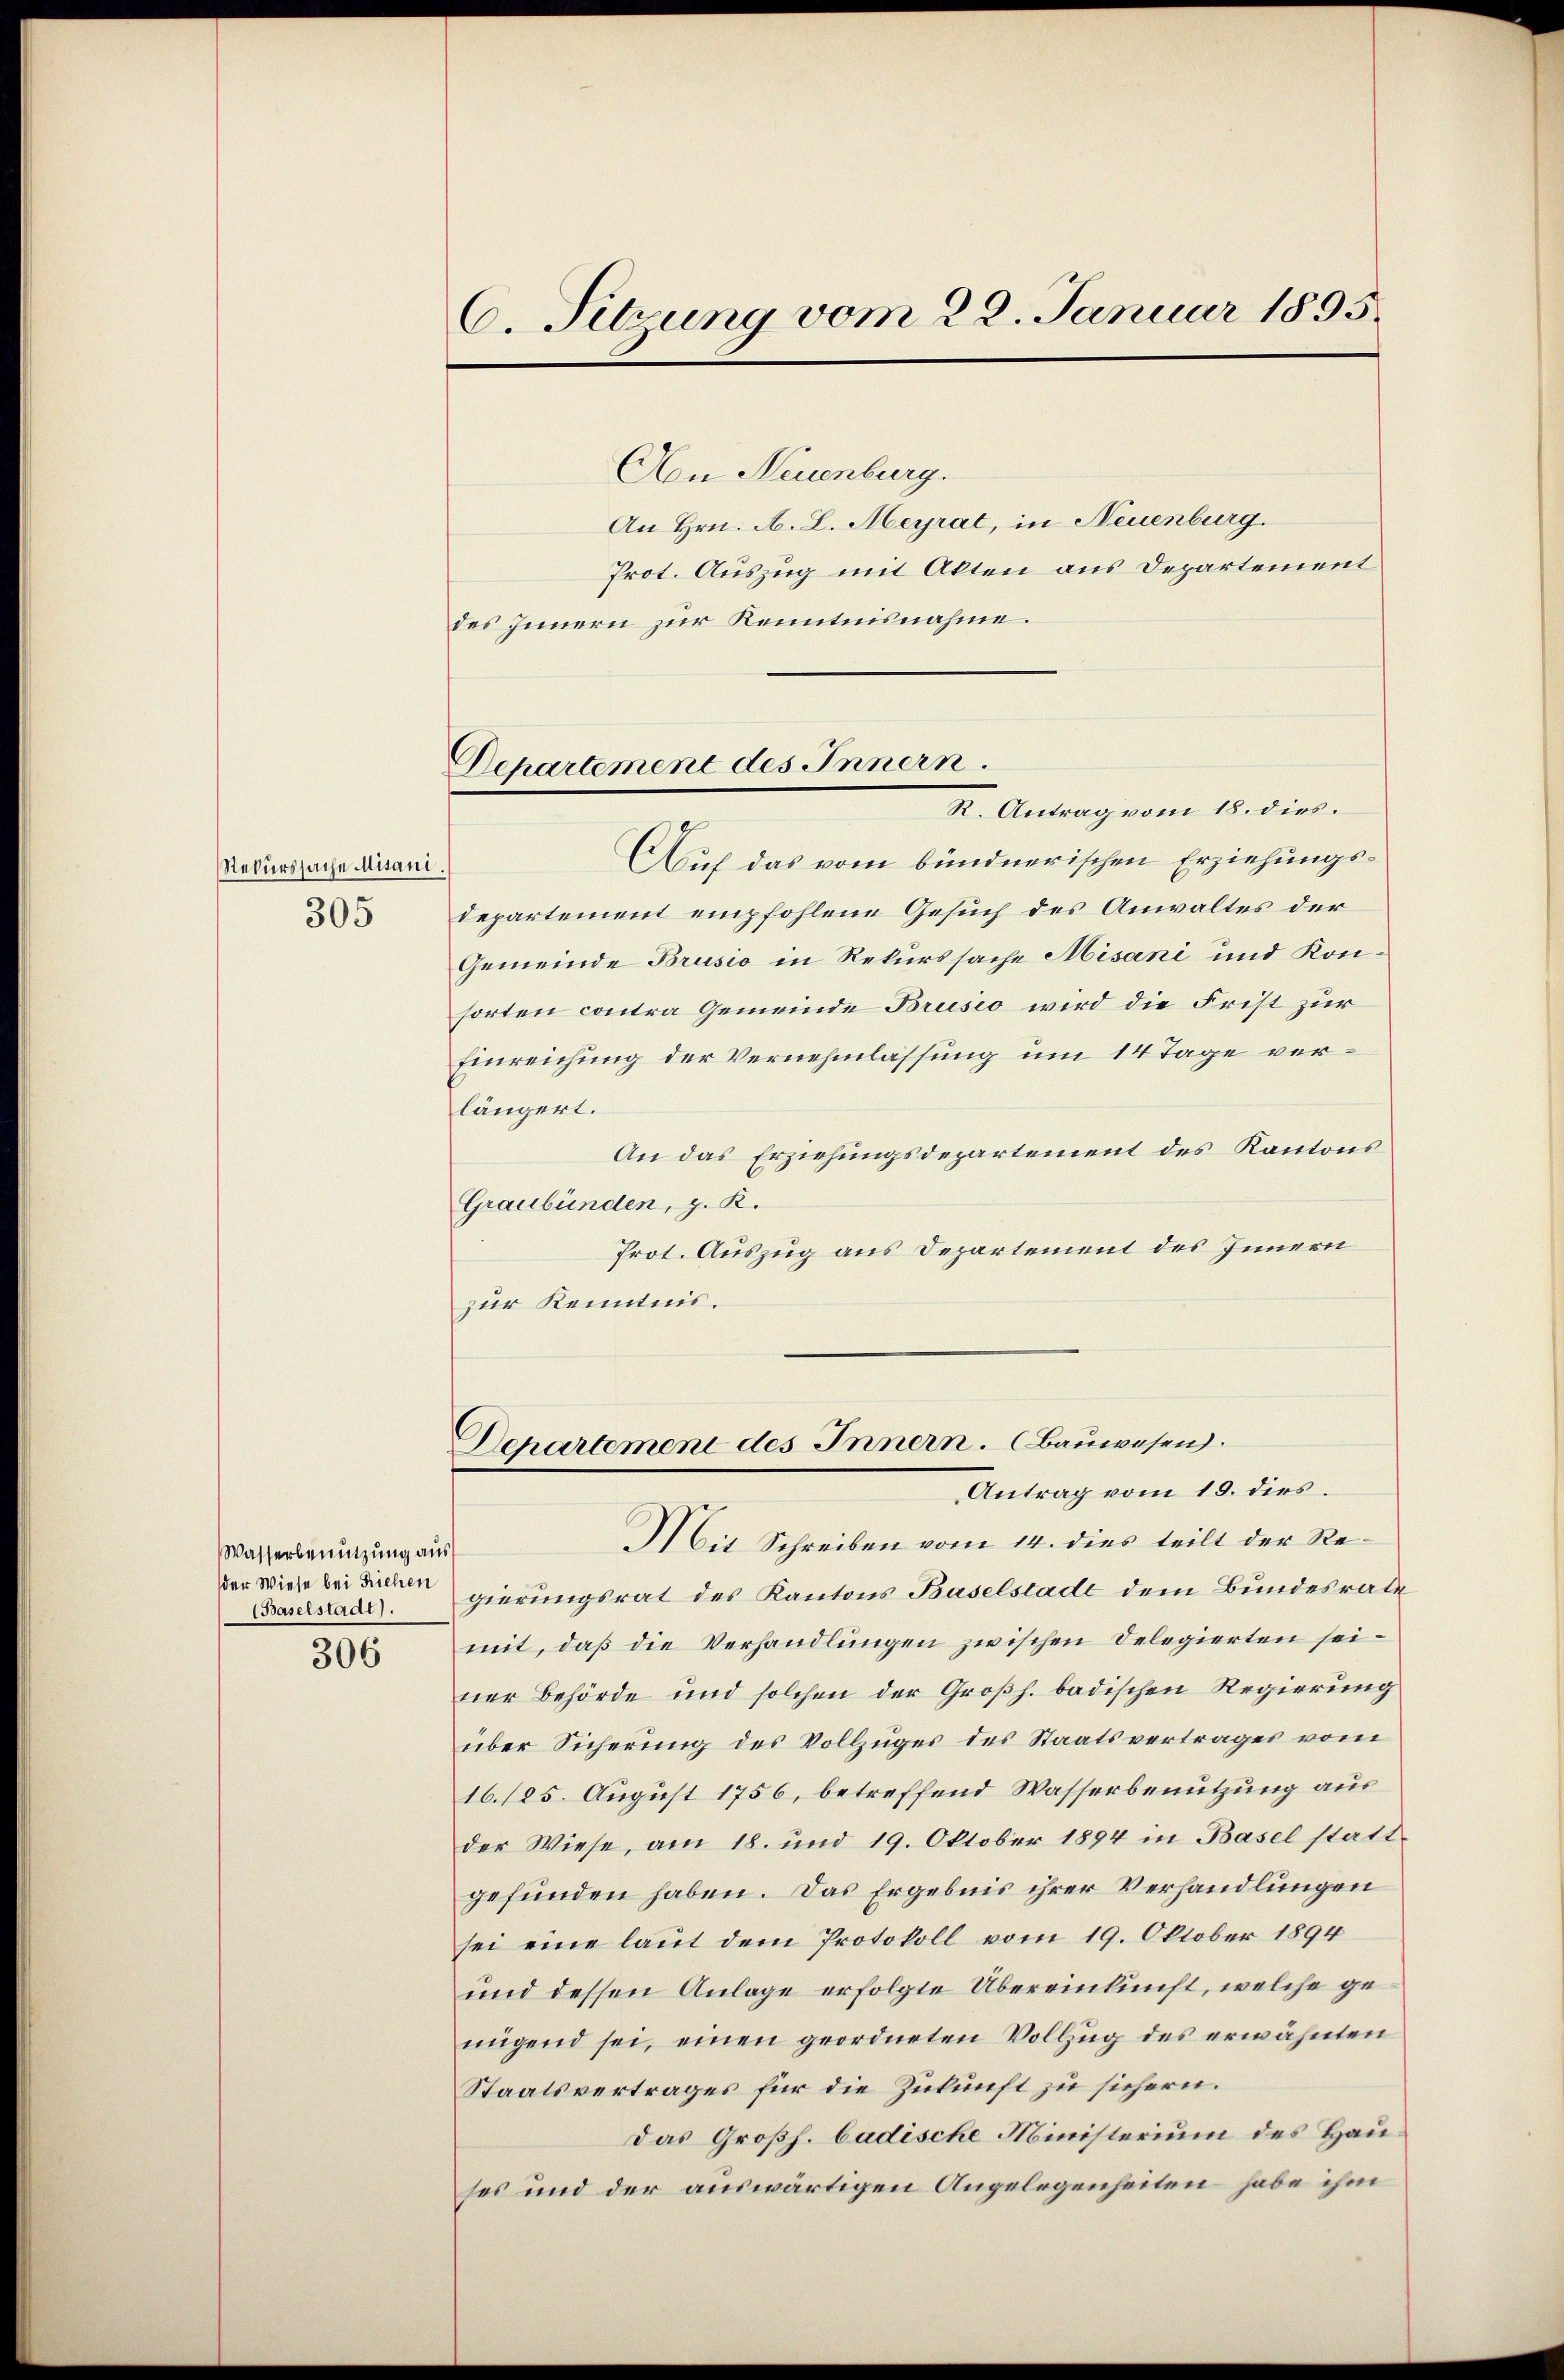
Rekurssache Misani
305

Wasserbenutzung aus
der Wiese bei Riehen
(Baselstadt).

306

C. Sitzung vom 22. Januar 1895.

Departement des Innern.

Departement des Innern. (Bauwesen.
Antrag vom 19. dies.
Mit Schreiben vom 14. dies teilt der Re¬

Aon Neuenburg.
An Hrn. A. L. Meyrat, in Neuenburg.
Prot. Auszug mit Akten aus Departement
des Innern zur Kenntnisnahme.
R. Antrag vom 18. dies
Auf das vom bündnerischen Erziehungsdepartement empfohlene Gesuch des Anwaltes der
Gemeinde Brusio in Rekurssache Misani und Konsorten contra Gemeinde Brusio wird die Frist zur
Einreichung der Vernehmlassung um 14 Tage verlängert.
An das Erziehungsdepartement des Kantons
Graubünden, z. K.
Prot. Auszug aus Departement des Innern
zur Kenntnis.

gierungsrat des Kantons Baselstadt dem Bundesrate
mit, daß die Verhandlungen zwischen Delegierten seiner Behörde und solchen der Großh. badischen Regierung
über Sicherung des Vollzuges des Staatsvertrages vom
16./25. August 1756, betreffend Wasserbenutzung aus
der Wiese, am 18. und 19. Oktober 1894 in Basel stattgefunden haben. Das Ergebnis ihrer Verhandlungen
sei eine laut dem Protokoll vom 19. Oktober 1894
und dessen Anlage erfolgte Übereinkunft, welche genügend sei, einen geordneten Vollzug des erwähnten
Staatsvertrages für die Zukunft zu sichern.
Das Großh. badische Ministerium des Hauses und der auswärtigen Angelegenheiten habe ihm